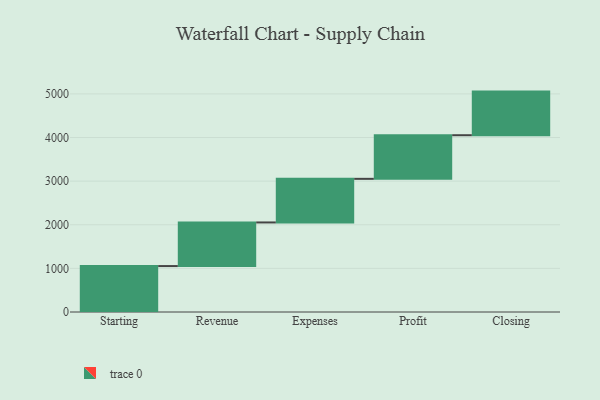
{"axis": {"x": "Step", "y": "Value"}, "legend": [""], "data": [{"x": "Starting", "y": 1053.0, "type": ""}, {"x": "Revenue", "y": 1000, "type": ""}, {"x": "Expenses", "y": 1000, "type": ""}, {"x": "Profit", "y": 1000, "type": ""}, {"x": "Closing", "y": 1000, "type": ""}]}